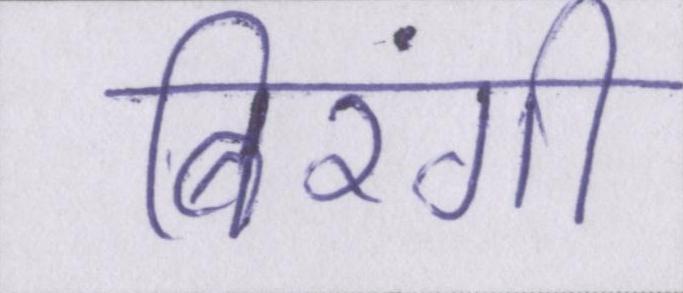
बिरंगी